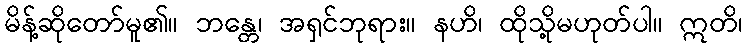
မိန့်ဆိုတော်မူ၏။ ဘန္တေ၊ အရှင်ဘုရား။ နဟိ၊ ထိုသို့မဟုတ်ပါ။ ဣတိ၊